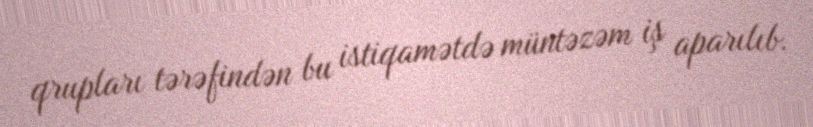
qrupları tərəfindən bu istiqamətdə müntəzəm iş aparılıb.